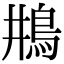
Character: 𩾺